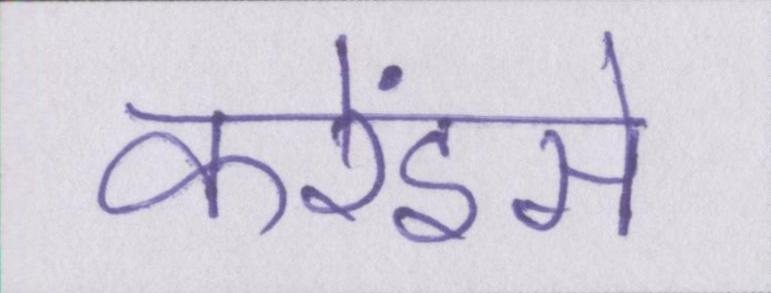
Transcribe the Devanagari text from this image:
करेंइसे